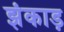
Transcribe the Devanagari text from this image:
झंकाड़